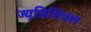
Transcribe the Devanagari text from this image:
ज्युडिशियल